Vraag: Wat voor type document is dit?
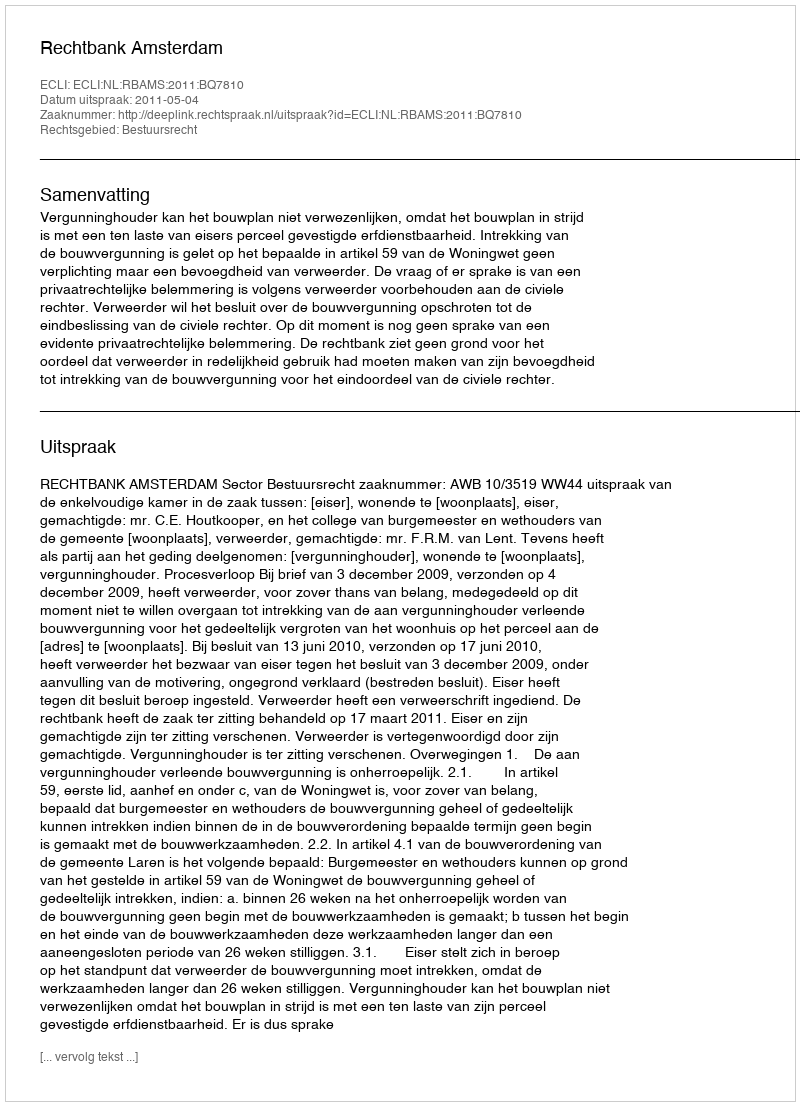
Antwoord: Uitspraak